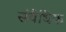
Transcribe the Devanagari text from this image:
संवैधिक